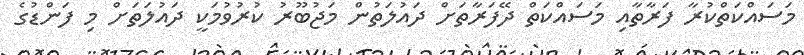
މަސައްކަތްކުރާ ފަރާތާއި މަސައްކަތް ދޭފަރާތަށް ދައުލަތުން މަޖުބޫރު ކުރުވުމަކީ ދައުލަތަށް މި ފަންޑުގެ